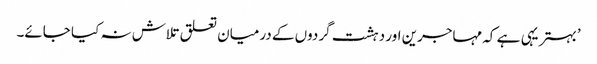
’بہتر یہی ہے کہ مہاجرین اور دہشت گردوں کے درمیان تعلق تلاش نہ کیا جائے۔